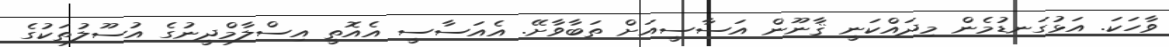
ވާހަކަ. އަޅުގަނޑުމެން މިދައްކަނީ ޤާނޫން އަސާސީއަށް ތަބާވާށޭ. އެއަސާސީ އެއޮތީ އިސްލާމްދީނުގެ އުސޫލުތަކުގެ